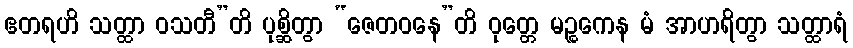
ဧတရဟိ သတ္ထာ ဝသတီ”တိ ပုစ္ဆိတွာ “ဇေတဝနေ”တိ ဝုတ္တေ မဉ္စကေန မံ အာဟရိတွာ သတ္ထာရံ